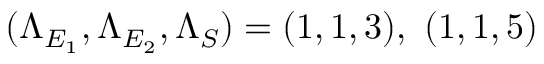
( \Lambda _ { E _ { 1 } } , \Lambda _ { E _ { 2 } } , \Lambda _ { S } ) = ( 1 , 1 , 3 ) , ~ ( 1 , 1 , 5 )